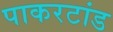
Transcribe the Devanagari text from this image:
पाकरटांड